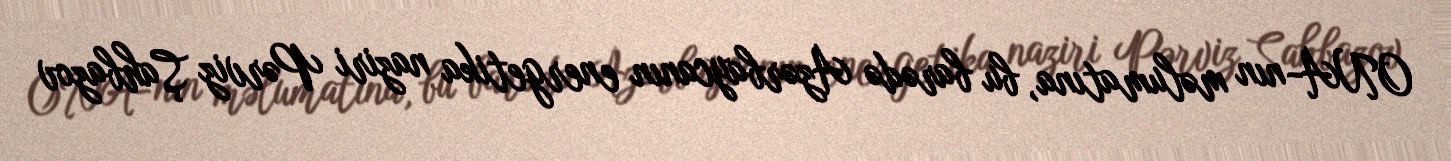
ONA-nın məlumatına, bu barədə Azərbaycanın energetika naziri Pərviz Şahbazov